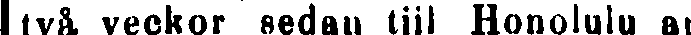
två veckor sedan till Honolulu an